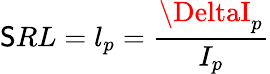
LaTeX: \mathsf{S}RL=l_{p}=\frac{{\DeltaI_{p}}}{{I_{p}}}